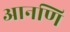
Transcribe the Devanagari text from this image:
आनणि